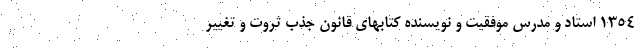
1354 استاد و مدرس موفقیت و نویسنده کتابهای قانون جذب ثروت و تغییر